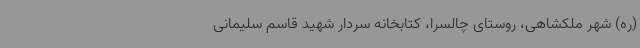
(ره) شهر ملکشاهی، روستای چالسرا، کتابخانه سردار شهید قاسم سلیمانی